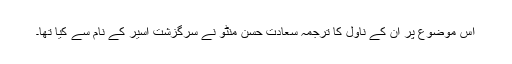
اس موضوع پر ان کے ناول کا ترجمہ سعادت حسن منٹو نے سرگزشت اسیر کے نام سے کیا تھا۔